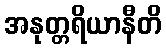
အနုတ္တရိယာနီတိ